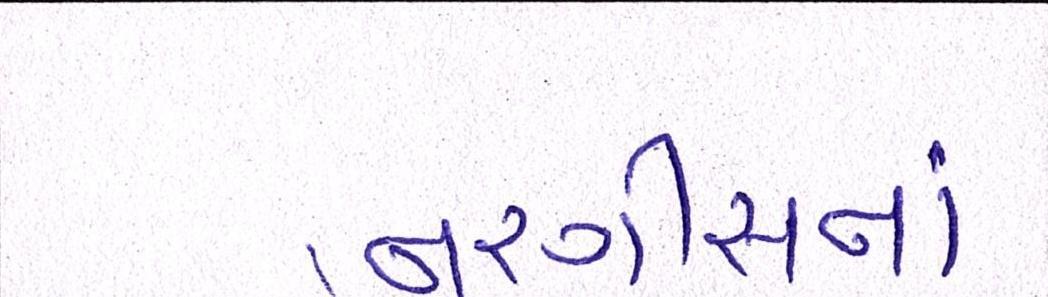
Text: નરગીસનાં